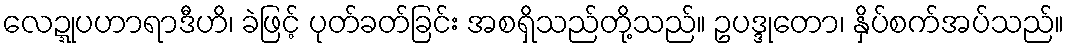
လေဍ္ဍုပဟာရာဒီဟိ၊ ခဲဖြင့် ပုတ်ခတ်ခြင်း အစရှိသည်တို့သည်။ ဥပဒ္ဒုတော၊ နှိပ်စက်အပ်သည်။